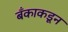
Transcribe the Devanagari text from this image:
बँकाकडून